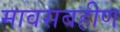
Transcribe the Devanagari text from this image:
मावसबहीण